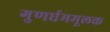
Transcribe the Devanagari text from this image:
गुणर्धममूलक